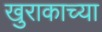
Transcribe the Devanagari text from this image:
खुराकाच्या